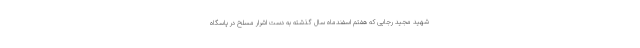
شهید مجید رجایی که هفتم اسفندماه سال گذشته به دست اشرار مسلح در پاسگاه